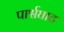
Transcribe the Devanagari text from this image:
पार्श्वघाट